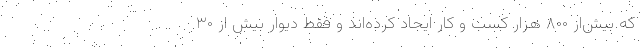
که بیش‌از ۸۰۰ هزار کسب و کار ایجاد کرده‌اند و فقط دیوار بیش از ۳۰